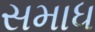
સમાધ